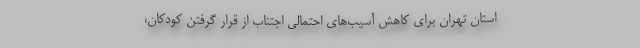
استان تهران برای کاهش آسیب‌های احتمالی اجتناب از قرار گرفتن کودکان،